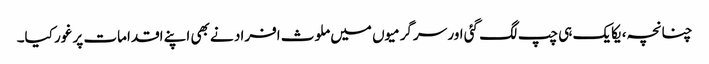
چنانچہ، یکایک ہی چپ لگ گئی اور سرگرمیوں میں ملوث افراد نے بھی اپنے اقدامات پر غور کیا۔